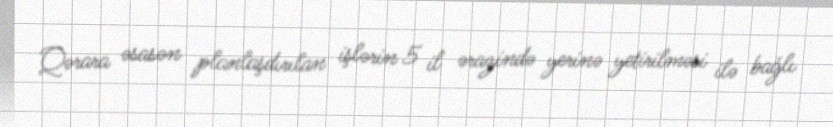
Qərara əsasən planlaşdırılan işlərin 5 il ərazində yerinə yetirilməsi ilə bağlı